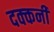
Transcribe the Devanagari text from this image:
दक्‍कनी